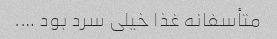
متأسفانه غذا خیلی سرد بود ….